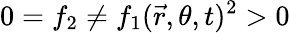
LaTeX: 0=f_{2}\neq f_{1}(\vec{r},\theta,t)^{2}>0